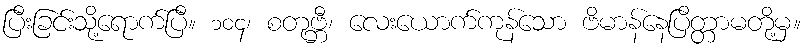
ပြီးခြင်းသို့ရောက်ပြီ။ ၁၀၄၊ စတုဗ္ဘီ၊ လေးယောက်ကုန်သော ဗိမာန်နေပြိတ္တာမတို့မှ။